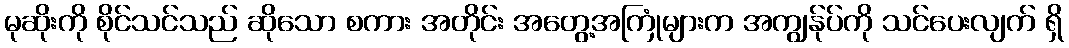
မုဆိုးကို စိုင်သင်သည် ဆိုသော စကား အတိုင်း အတွေ့အကြုံများက အကျွန်ုပ်ကို သင်ပေးလျက် ရှိ